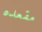
مقعده